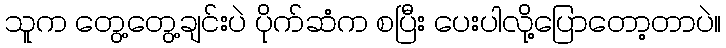
သူက တွေ့တွေ့ချင်းပဲ ပိုက်ဆံက စပြီး ပေးပါလို့ပြောတော့တာပဲ။